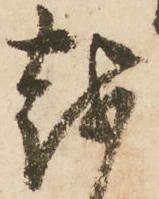
越